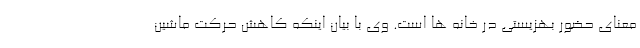
معنای حضور بهزیستی در خانه ها است. وی با بیان اینکه کاهش حرکت ماشین